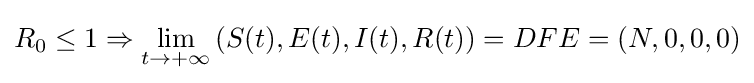
R_{0}\leq 1\Rightarrow \lim _{t\to +\infty }\left(S(t),E(t),I(t),R(t)\right)=DFE=(N,0,0,0)